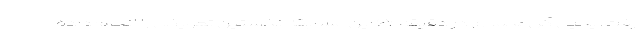
رفت. یحیی گل‌محمدی در دقیقه ۶۷ این مسابقه نخستین تعویض را انجام داده